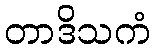
တာဒိသကံ